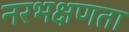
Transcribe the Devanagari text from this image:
नरभक्षणता